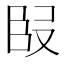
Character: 𭆬